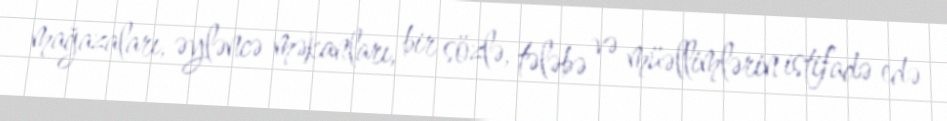
mağazaları, əyləncə məkanları, bir sözlə, tələbə və müəllimlərin istifadə edə